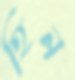
হিন